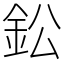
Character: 鈆